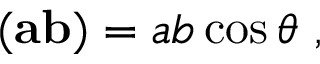
( { \bf a b } ) = a b \cos { \theta } ~ ,